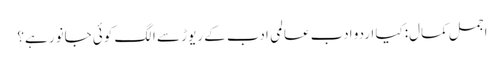
اجمل کمال:کیا اردو ادب عالمی ادب کے ریوڑ سے الگ کوئی جانور ہے؟